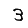
Digit: 3